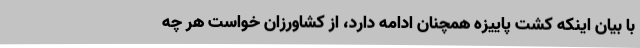
با بیان اینکه کشت پاییزه همچنان ادامه دارد، از کشاورزان خواست هر چه